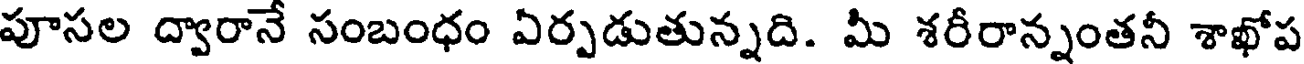
పూసల ద్వారానే సంబంధం ఏర్పడుతున్నది. మీ శరీరాన్నంతనీ శాఖోప